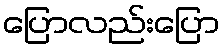
ပြောလည်းပြော